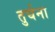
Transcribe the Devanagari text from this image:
तुर्घना